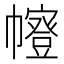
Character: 𭘻